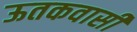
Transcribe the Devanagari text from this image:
ऊतकवासी